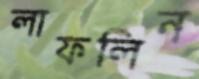
লাফলিন